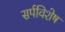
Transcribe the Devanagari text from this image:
सर्पविशेष